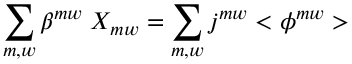
\sum _ { m , w } \beta ^ { m w } \; X _ { m w } = \sum _ { m , w } j ^ { m w } < \phi ^ { m w } > \;